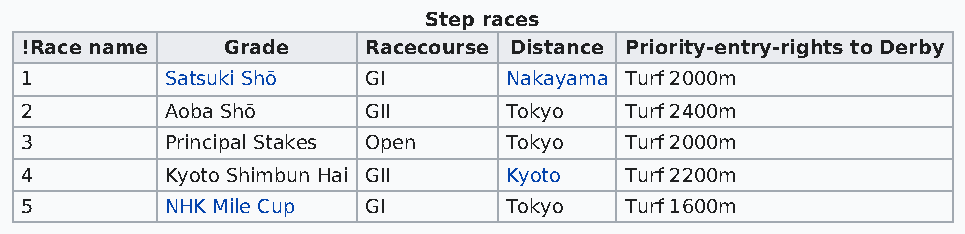
Step races
 !Race name    Grade    Racecourse Distance Priority-entry-rights to Derby
 1         Satsuki Shō  GI       Nakayama Turf 2000m
 2         Aoba Shō     GII      Tokyo   Turf 2400m
 3         Principal Stakes Open Tokyo   Turf 2000m
 4         Kyoto Shimbun Hai GII Kyoto   Turf 2200m
 5         NHK Mile Cup GI       Tokyo   Turf 1600m